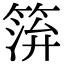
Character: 𥮓